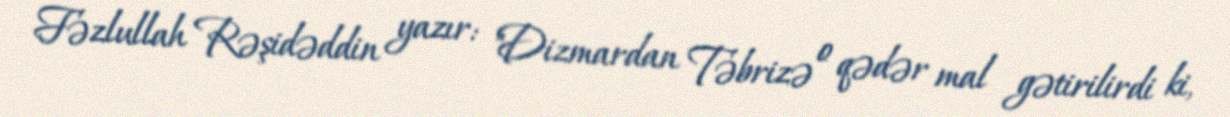
Fəzlullah Rəşidəddin yazır: "Dizmardan Təbrizə o qədər mal gətirilirdi ki,